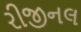
રીજીનલ